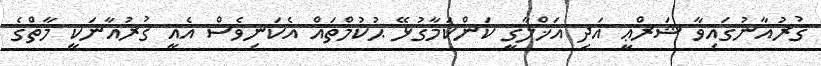
ޤުރުއާނުގައިވާ ޝަރްޢީ އަދި އަޚްލާޤީ ކަންކަމާގުޅޭ ޙުކުމްތައް އެކަނިވެސް އެއީ ޤުރުއާނަކީ މާތްގެ